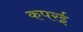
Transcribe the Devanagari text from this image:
कपरई